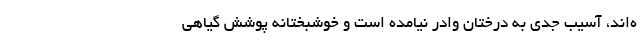
ه‌اند، آسیب جدی به درختان وادر نیامده است و خوشبختانه پوشش گیاهی